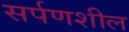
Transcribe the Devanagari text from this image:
सर्पणशील